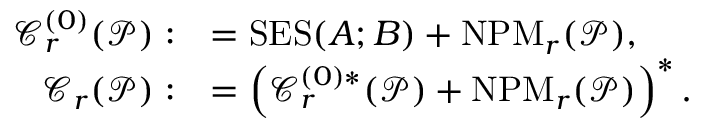
\begin{array} { r l } { \mathcal { C } _ { r } ^ { ( 0 ) } ( \mathcal { P } ) : } & { = \mathrm { S E S } ( A ; B ) + \mathrm { N P M } _ { r } ( \mathcal { P } ) , } \\ { \mathcal { C } _ { r } ( \mathcal { P } ) : } & { = \left( \mathcal { C } _ { r } ^ { ( 0 ) \ast } ( \mathcal { P } ) + \mathrm { N P M } _ { r } ( \mathcal { P } ) \right) ^ { \ast } . } \end{array}